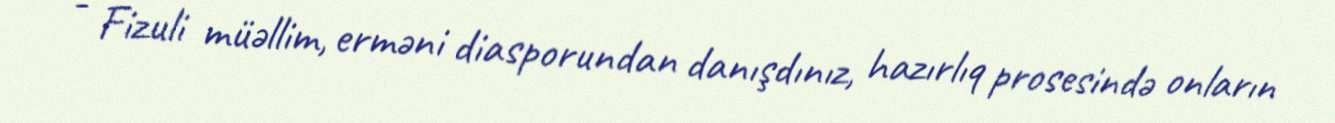
- Fizuli müəllim, erməni diasporundan danışdınız, hazırlıq prosesində onların